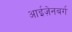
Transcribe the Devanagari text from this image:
आईज़ेनबर्ग